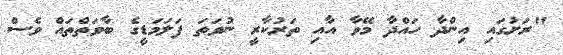
"ރަށުގައި އިންދާ ހައްދާ މޭވާ އާއި ތަރުކާރީ ނުވަތަ ފަލަމަޑީގެ ބާވަތްތައް ވެސް